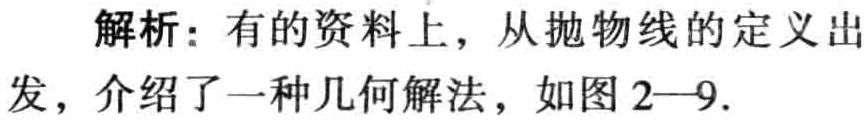
解析：有的资料上，从抛物线的定义出发，介绍了一种几何解法，如图2—9.